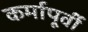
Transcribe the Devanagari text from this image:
कर्मापूर्वी